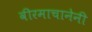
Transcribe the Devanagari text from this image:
वीरमाचानेनी